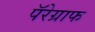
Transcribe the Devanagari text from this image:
पॅरेग्राफ